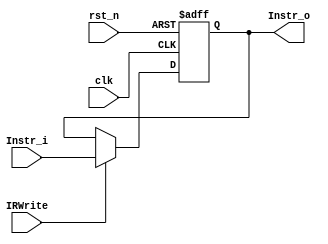
module IR(
  input clk,
  input rst_n,
  input IRWrite,
  input [31:0] Instr_i,//Regfile Read-data1
  
  output [31:0] Instr_o
  );
  reg [31:0] IR;
  always@(posedge clk or posedge rst_n)
  begin
    if (rst_n)
      IR <= 32'h0;
    else
      begin
        if (IRWrite)
          IR <= Instr_i;
      end
  end
  assign Instr_o = IR;
endmodule